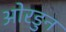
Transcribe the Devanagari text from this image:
ओरडुन